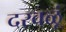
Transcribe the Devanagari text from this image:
दरवळूं